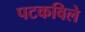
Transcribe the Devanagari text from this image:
पटकविले